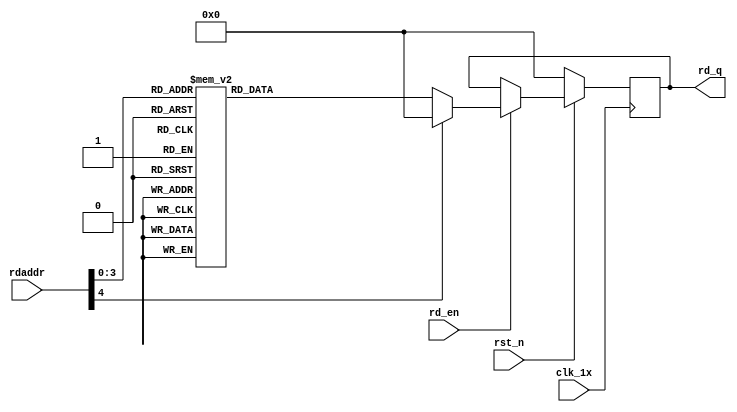

`timescale 1ns / 1ps
module F_normal_t8_next_Rom4(
input	          							clk_1x,
input	          							rst_n,
//////////////////////////////////////////////////////////////
input										rd_en,
input			[4:0]				rdaddr,
output		reg			[127:0]				rd_q
);

always @(posedge clk_1x)begin
	if(~rst_n)begin
		rd_q <= 128'b0;
	end
	else if(rd_en == 1'b1)begin
		case(rdaddr)
			5'h0f: rd_q <= 128'b11011001001000001111011011010010101001000101110101011100011000010011011000110111011110101100011000010101000011101010111000111011;
			5'h0e: rd_q <= 128'b00111010011111111011100110001110001100000000010100000101110000101001011000011110101001000100101010110001000010011010001011100011;
			5'h0d: rd_q <= 128'b01000111011001010001001101000111001001001111011111100110010111011111011100101001110111010000101001110000000000010000011111110111;
			5'h0c: rd_q <= 128'b11100101011000100011111001000000000001001010110101000010111001010101100100000111100011110000111100011111101101110010010001110000;
			5'h0b: rd_q <= 128'b01000101010000110101100110000010001010010010010011111010100110111000001101101010101100000111101000010011101100000110001100110001;
			5'h0a: rd_q <= 128'b01101011110111101100000111110111100101000010111101010111010010011111010000001100010010110011111000011010101101001000100110111111;
			5'h09: rd_q <= 128'b01010110010111010011110011010000010001110001101111011001111110010010010111000111001000100001100001000011100000010100111111011001;
			5'h08: rd_q <= 128'b00111001101000010101111000111000101100000101110010011011101110010110110011111010111100111000000001010100101101011011111010000010;
			5'h07: rd_q <= 128'b01011100010000101101001101111010110001101111110000010100010011111010101000010101110101100000010101111000010001010110111000101100;
			5'h06: rd_q <= 128'b01010100100100111111011110000000000010011010111010111110001110110111000000010101010011111101111001011110111111000110010001111110;
			5'h05: rd_q <= 128'b10101100001110010101011111010100111000010001011001000011111000101110001100010110010010011110100100100101011010010000101011000101;
			5'h04: rd_q <= 128'b01000010000000011111101100101100111110011110100110011100000110010111000001000100001111010101000110011111101010101101001111011110;
			5'h03: rd_q <= 128'b01001101010100001111110100110000110010001111110110110100101111100101001110000101100001010011011011101110101001011000010001000100;
			5'h02: rd_q <= 128'b11010010100010001111101100100100100110110000101101110011110100001100011001010101001011100010111110111011100111110110001010111101;
			5'h01: rd_q <= 128'b11011110111110011000011111101110110001001110111010001010100100010001001001100101101100110000010101010000100101010101111110011000;
			5'h00: rd_q <= 128'b00010111000101000100001110010001111100011111100101001010100000000000110101110001110001110110101000110101101011100100011101011011;
		default:rd_q <= 128'b0;
		endcase
	end
end

endmodule